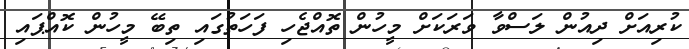
ކުރިއަށް ދިއުން ލަސްވާ ވަރަކަށް މީހުން ތޮއްޖެހި ފަހަތުގައި ތިބޭ މީހުން ކޮއްޕައި